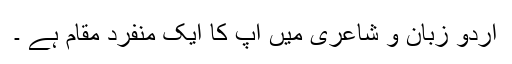
اردو زبان و شاعری میں آپ کا ایک منفرد مقام ہے ۔